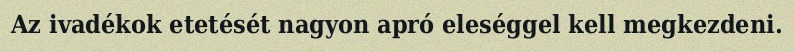
Az ivadékok etetését nagyon apró eleséggel kell megkezdeni.